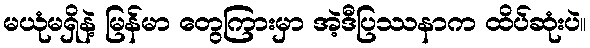
မယုံမရှိနဲ့ မြန်မာ တွေကြားမှာ အဲ့ဒီပြဿနာက ထိပ်ဆုံးပဲ။